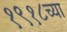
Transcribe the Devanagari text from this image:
१९१८च्या